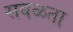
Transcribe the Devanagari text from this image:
सबळता